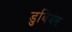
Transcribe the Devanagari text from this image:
डुबियस